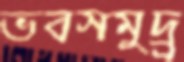
ভবসমুদ্র্র